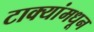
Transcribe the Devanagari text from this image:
टाक्यांमधून